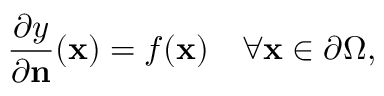
{ \frac { \partial y } { \partial \mathbf { n } } } ( \mathbf { x } ) = f ( \mathbf { x } ) \quad \forall \mathbf { x } \in \partial \Omega ,